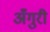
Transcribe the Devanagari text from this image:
अँगुरी